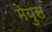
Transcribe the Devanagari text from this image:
मेयुस